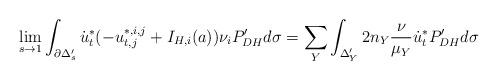
LaTeX: \begin{align*}\lim_{s\rightarrow 1}\int_{\partial \Delta'_{s}} \dot{u}_t^*(-u^{*,i,j}_{t,j}+I_{H,i}(a))\nu_iP_{DH}'d\sigma= \sum_Y \int_{\Delta'_Y} 2n_Y \frac{\nu}{\mu_Y} \dot{u}_t^*P_{DH}'d\sigma\end{align*}